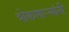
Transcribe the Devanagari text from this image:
शेकणार्‍यांनी